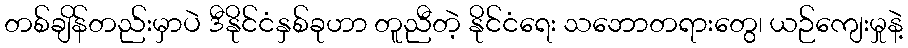
တစ်ချိန်တည်းမှာပဲ ဒီနိုင်ငံနှစ်ခုဟာ တူညီတဲ့ နိုင်ငံရေး သဘောတရားတွေ၊ ယဉ်ကျေးမှုနဲ့